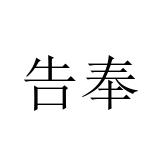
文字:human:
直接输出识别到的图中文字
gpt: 告奉